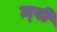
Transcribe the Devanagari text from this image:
ज़्वी